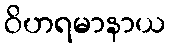
ဝိဟရမာနာယ